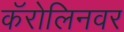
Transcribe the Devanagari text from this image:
कॅरोलिनवर